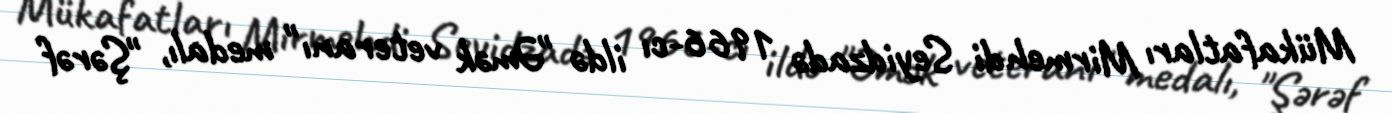
Mükafatları Mirmehdi Seyidzadə 1966-cı ildə "Əmək veteranı" medalı, "Şərəf